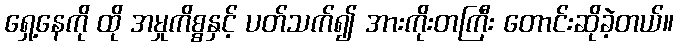
ရှေ့နေကို ထို အမှုကိစ္စနှင့် ပတ်သက်၍ အားကိုးတကြီး တောင်းဆိုခဲ့တယ်။